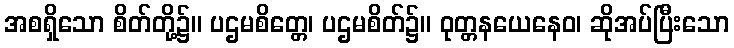
အစရှိသော စိတ်တို့၌။ ပဌမစိတ္တေ၊ ပဌမစိတ်၌။ ဝုတ္တနယေနေဝ၊ ဆိုအပ်ပြီးသော